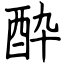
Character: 酔